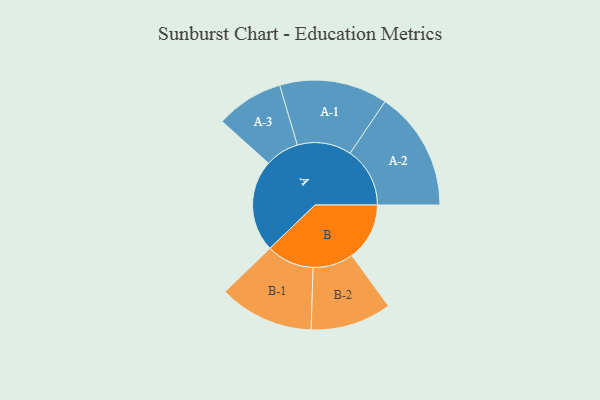
{"axis": {"x": "Segment", "y": "Value"}, "legend": ["", "A", "B"], "data": [{"x": "A", "y": 304, "type": ""}, {"x": "B", "y": 191, "type": ""}, {"x": "A-1", "y": 179, "type": "A"}, {"x": "A-2", "y": 198, "type": "A"}, {"x": "A-3", "y": 112, "type": "A"}, {"x": "B-1", "y": 157, "type": "B"}, {"x": "B-2", "y": 134, "type": "B"}]}